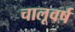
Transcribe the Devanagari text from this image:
चालूवर्ष